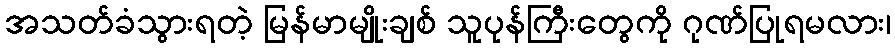
အသတ်ခံသွားရတဲ့ မြန်မာမျိုးချစ် သူပုန်ကြီးတွေကို ဂုဏ်ပြုရမလား၊